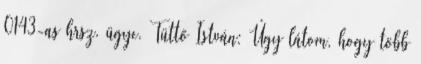
0143-as hrsz. ügye. Tüttő István: Úgy látom, hogy több